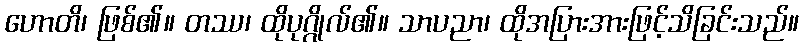
ဟောတိ၊ ဖြစ်၏။ တဿ၊ ထိုပုဂ္ဂိုလ်၏။ သာပညာ၊ ထိုအပြားအားဖြင့်သိခြင်းသည်။